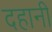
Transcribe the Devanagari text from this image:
दहानी